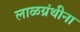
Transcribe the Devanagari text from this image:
लाळग्रंथीना